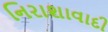
નિરાશાવાદી